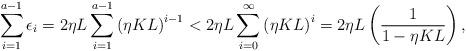
LaTeX: \begin{align*} \sum_{i=1}^{a-1} \epsilon_i = 2\eta L \sum_{i=1}^{a-1} \left( \eta KL \right)^{i-1} < 2\eta L \sum_{i=0}^\infty \left( \eta KL \right)^i = 2\eta L \left( \frac{1}{1-\eta KL} \right), \end{align*}